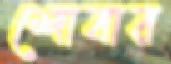
শোবার